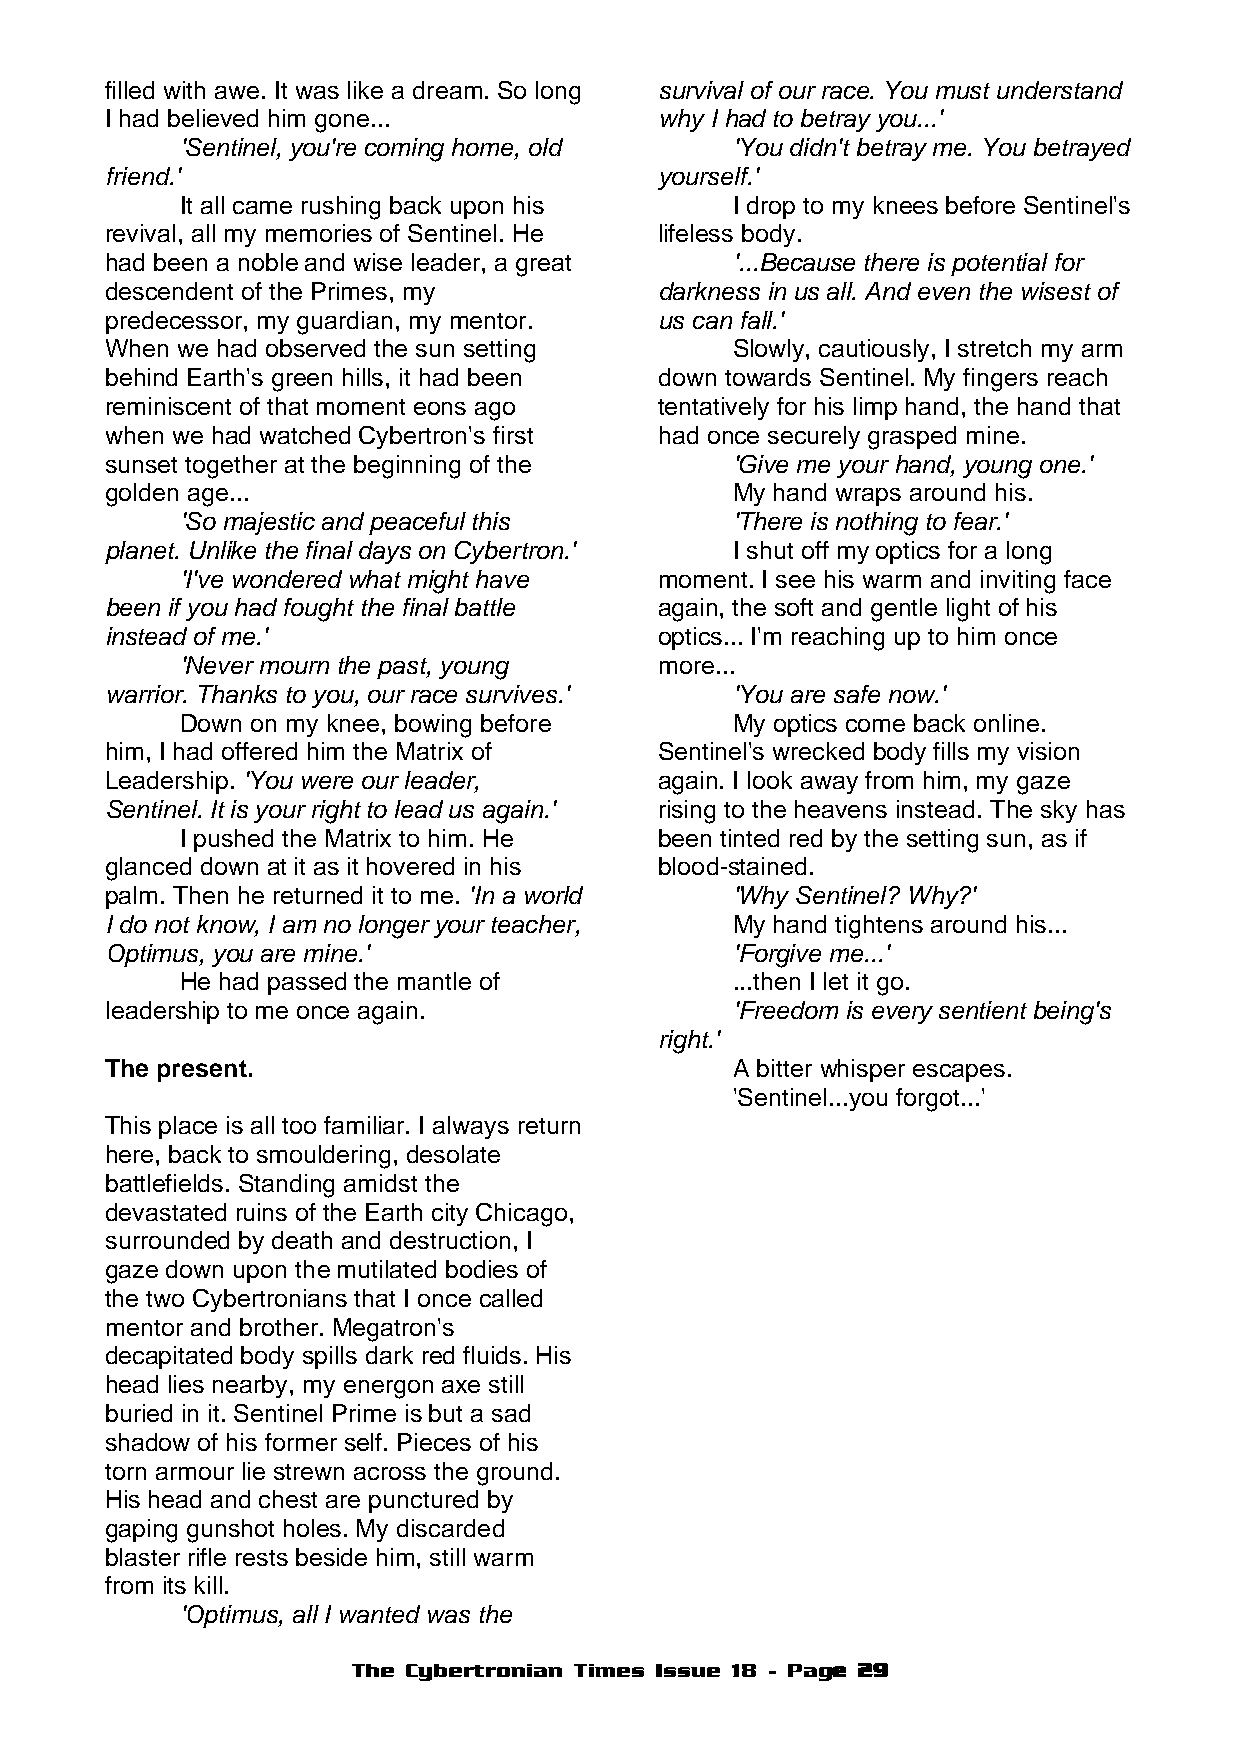
filled with awe. It was like a dream. So long survival of our race. You must understand
 I had believed him gone...           why I had to betray you...'
 'Sentinel, you're coming home, old   'You didn't betray me. You betrayed
 friend.'                             yourself.'
 It all came rushing back upon his    I drop to my knees before Sentinel's
 revival, all my memories of Sentinel. He lifeless body.
 had been a noble and wise leader, a great '...Because there is potential for
 descendent of the Primes, my         darkness in us all. And even the wisest of
 predecessor, my guardian, my mentor. us can fall.'
 When we had observed the sun setting      Slowly, cautiously, I stretch my arm
 behind Earth's green hills, it had been down towards Sentinel. My fingers reach
 reminiscent of that moment eons ago  tentatively for his limp hand, the hand that
 when we had watched Cybertron's first had once securely grasped mine.
 sunset together at the beginning of the   'Give me your hand, young one.'
 golden age...                             My hand wraps around his.
 'So majestic and peaceful this       'There is nothing to fear.'
 planet. Unlike the final days on Cybertron.' I shut off my optics for a long
 'I've wondered what might have  moment. I see his warm and inviting face
 been if you had fought the final battle again, the soft and gentle light of his
 instead of me.'                      optics... I'm reaching up to him once
 'Never mourn the past, young    more...
 warrior. Thanks to you, our race survives.' 'You are safe now.'
 Down on my knee, bowing before       My optics come back online.
 him, I had offered him the Matrix of Sentinel's wrecked body fills my vision
 Leadership. 'You were our leader,    again. I look away from him, my gaze
 Sentinel. It is your right to lead us again.' rising to the heavens instead. The sky has
 I pushed the Matrix to him. He  been tinted red by the setting sun, as if
 glanced down at it as it hovered in his blood-stained.
 palm. Then he returned it to me. 'In a world 'Why Sentinel? Why?'
 I do not know, I am no longer your teacher, My hand tightens around his...
 Optimus, you are mine.'                   'Forgive me...'
 He had passed the mantle of          ...then I let it go.
 leadership to me once again.              'Freedom is every sentient being's
 right.'
 The present.                              A bitter whisper escapes.
 'Sentinel...you forgot...'
 This place is all too familiar. I always return
 here, back to smouldering, desolate
 battlefields. Standing amidst the
 devastated ruins of the Earth city Chicago,
 surrounded by death and destruction, I
 gaze down upon the mutilated bodies of
 the two Cybertronians that I once called
 mentor and brother. Megatron's
 decapitated body spills dark red fluids. His
 head lies nearby, my energon axe still
 buried in it. Sentinel Prime is but a sad
 shadow of his former self. Pieces of his
 torn armour lie strewn across the ground.
 His head and chest are punctured by
 gaping gunshot holes. My discarded
 blaster rifle rests beside him, still warm
 from its kill.
 'Optimus, all I wanted was the
 The Cybertronian Times Issue 18 - Page 29